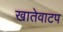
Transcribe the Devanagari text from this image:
खातेवाटप